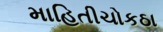
માહિતીચોકઠા